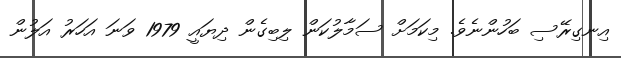
އިނގިރޭސި ބަހުންނެވެ. މިކަމަށް ސަމާލުކަން ލިބިގެން ދިޔައީ 1979 ވަނަ އަހަރު އަލުން